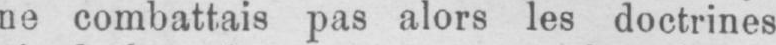
ne combattais pas alors les doctrines